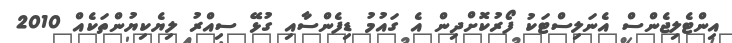
އިންޓެލިޖެންސް އެނަލިސްޓަކު ފޯރުކޮށްދިން އެ ގައުމު ޑިފެންސާއި ގުޅޭ ސިއްރު ލިޔެކިޔުންތަކެއް 2010